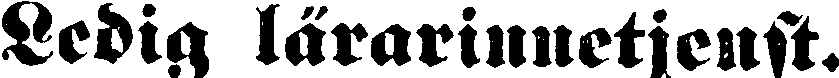
Ledig lärarinnetjenst.